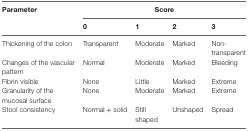
<table><thead><tr><td rowspan="2"><b>Parameter</b></td><td colspan="4"><b>Score</b></td></tr><tr><td><b>0</b></td><td><b>1</b></td><td><b>2</b></td><td><b>3</b></td></tr></thead><tbody><tr><td>Thickening of the colon</td><td>Transparent</td><td>Moderate</td><td>Marked</td><td>Non-transparent</td></tr><tr><td>Changes of the vascular pattern</td><td>Normal</td><td>Moderate</td><td>Marked</td><td>Bleeding</td></tr><tr><td>Fibrin visible</td><td>None</td><td>Little</td><td>Marked</td><td>Extreme</td></tr><tr><td>Granularity of the mucosal surface</td><td>None</td><td>Moderate</td><td>Marked</td><td>Extreme</td></tr><tr><td>Stool consistency</td><td>Normal + solid</td><td>Still shaped</td><td>Unshaped</td><td>Spread</td></tr></tbody></table>